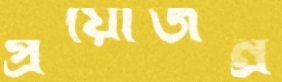
প্রয়োজন্র